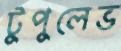
টুপুলেভ